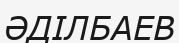
ӘДІЛБАЕВ